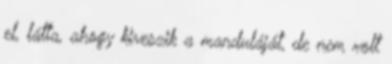
el, látta, ahogy kiveszik a manduláját, de nem volt